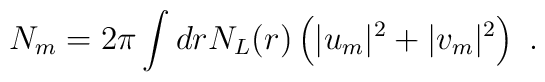
N_m = 2 \pi \int dr N_L(r)\left(|u_m|^2+|v_m|^2\right)~.